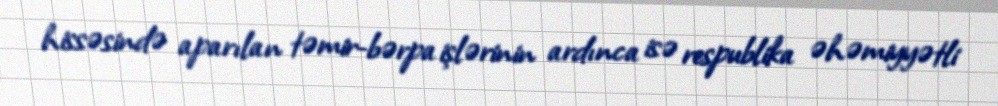
hissəsində aparılan təmir-bərpa işlərinin ardınca isə respublika əhəmiyyətli